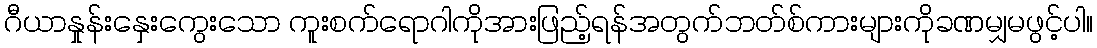
ဂီယာနှုန်းနှေးကွေးသော ကူးစက်ရောဂါကိုအားဖြည့်ရန်အတွက်ဘတ်စ်ကားများကိုခဏမျှမဖွင့်ပါ။